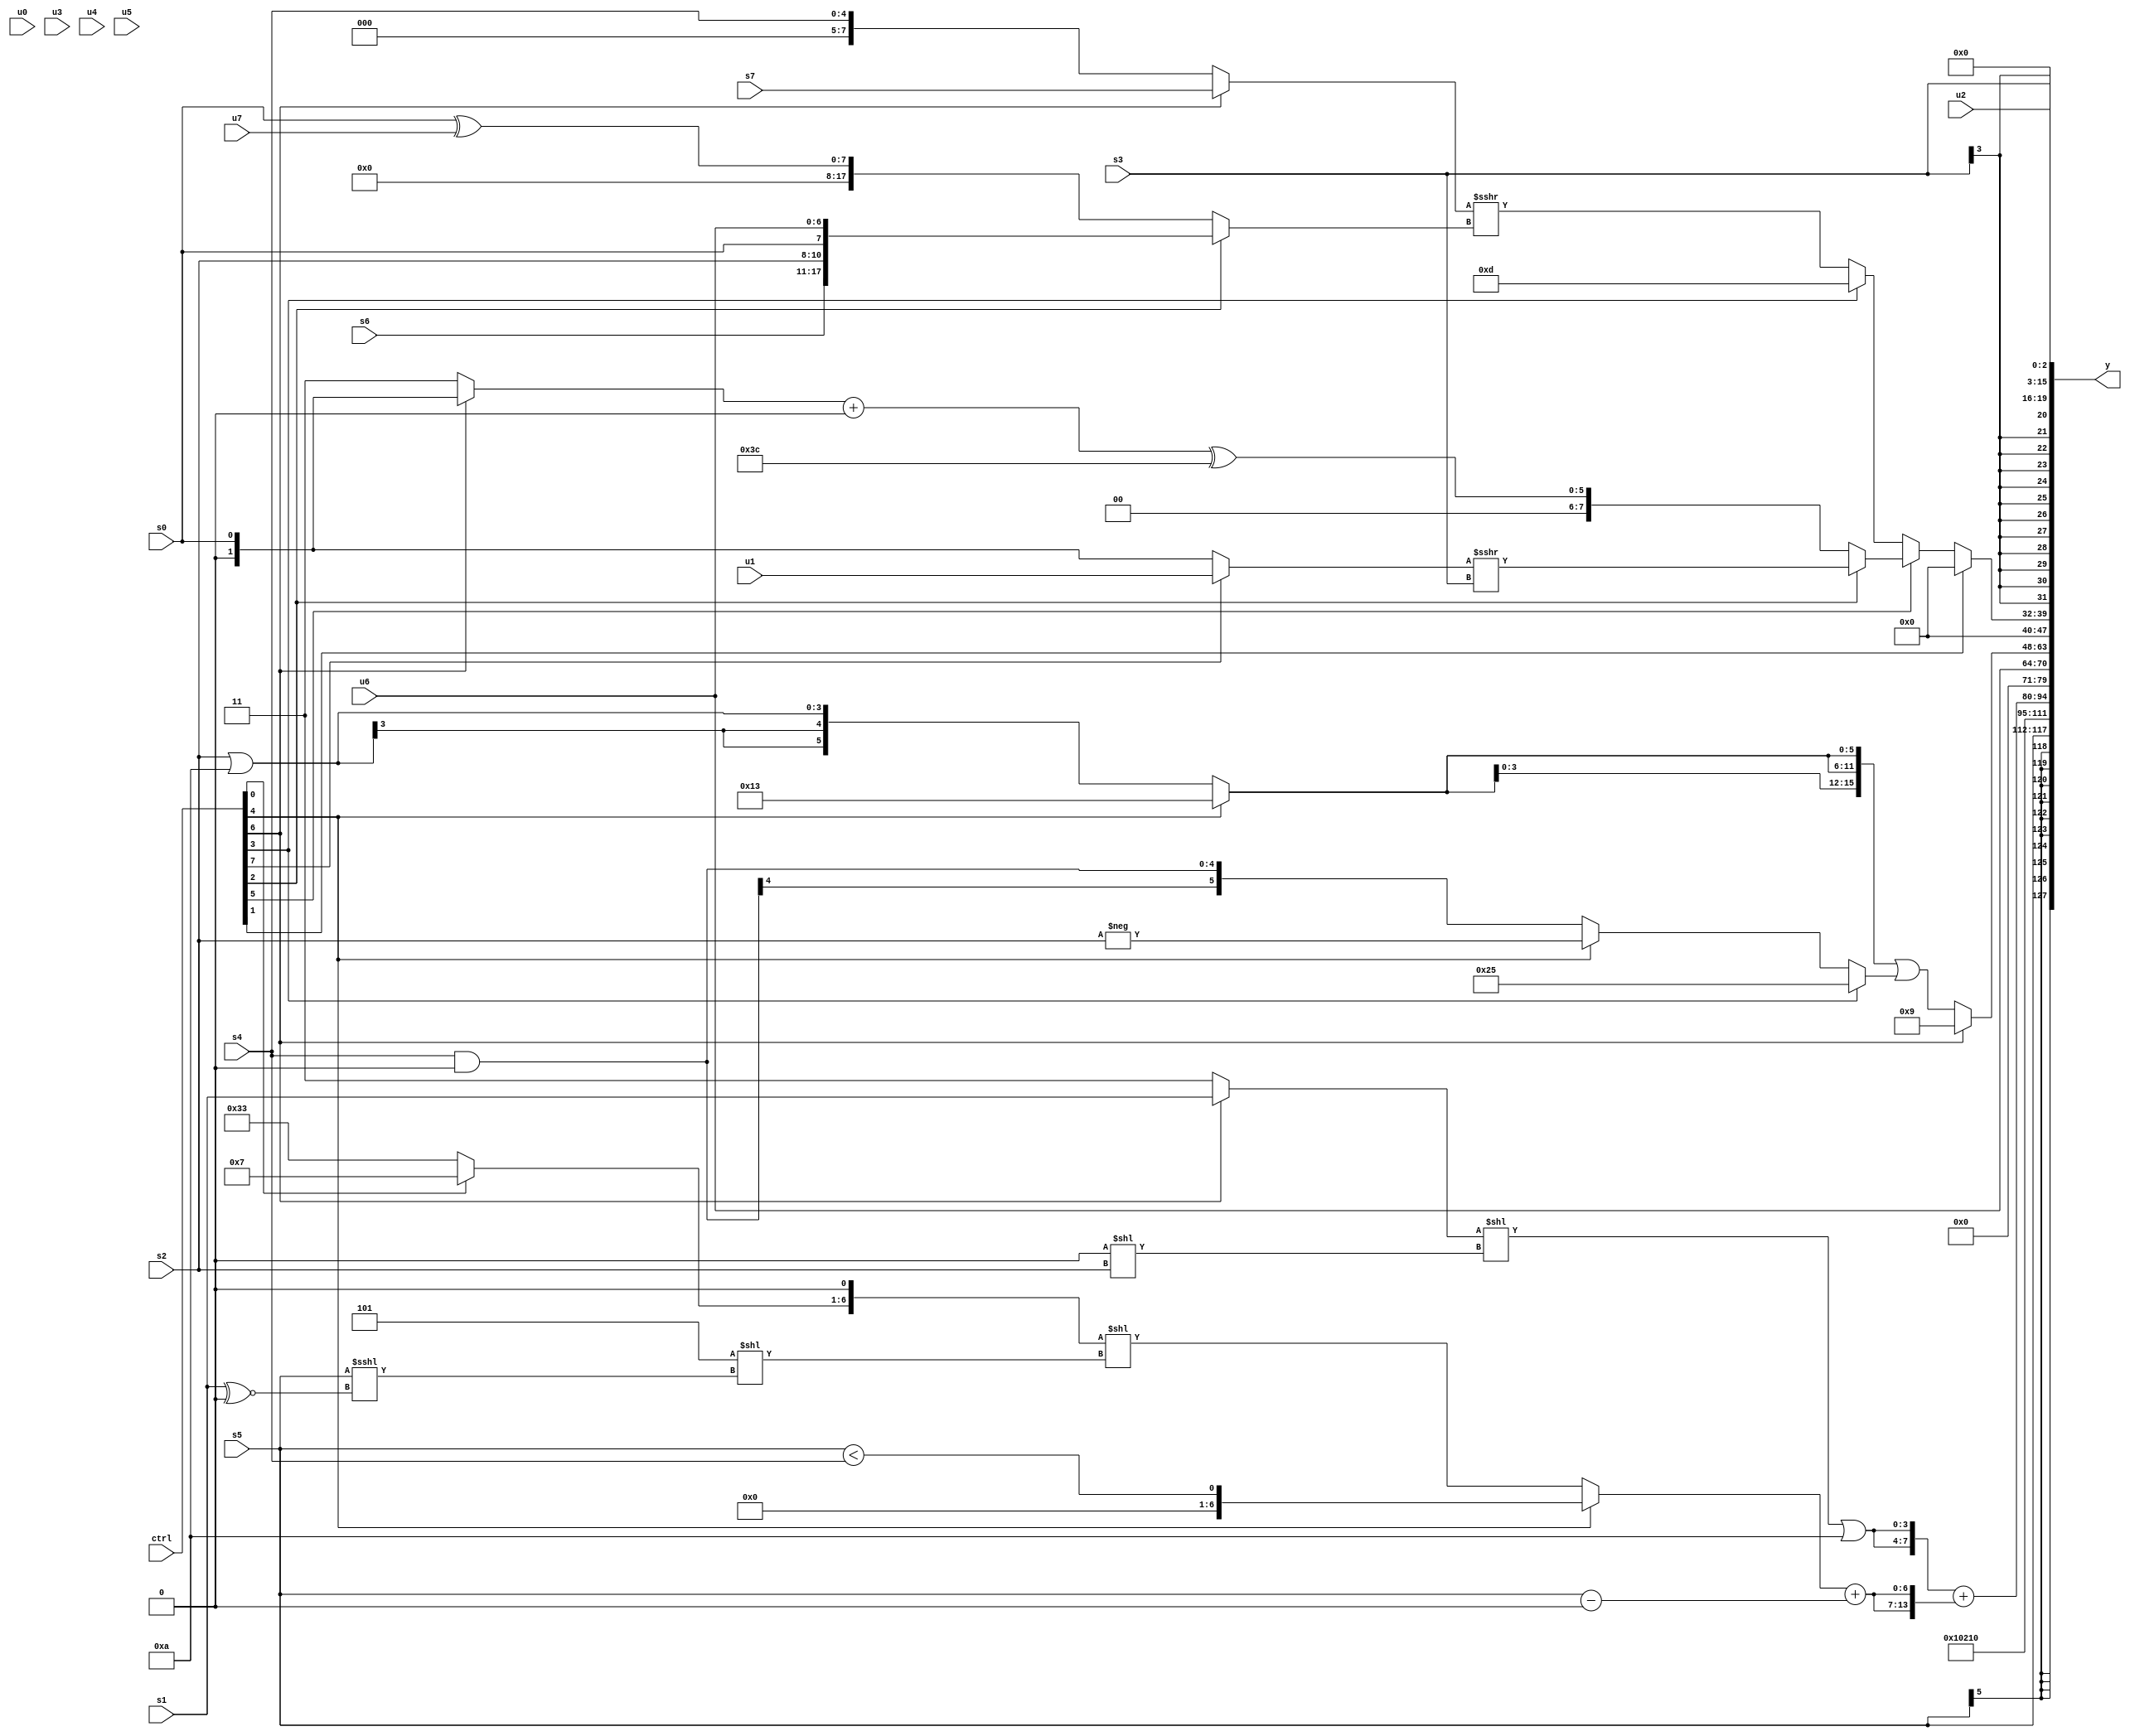
module wideexpr_00564(ctrl, u0, u1, u2, u3, u4, u5, u6, u7, s0, s1, s2, s3, s4, s5, s6, s7, y);
  input [7:0] ctrl;
  input [0:0] u0;
  input [1:0] u1;
  input [2:0] u2;
  input [3:0] u3;
  input [4:0] u4;
  input [5:0] u5;
  input [6:0] u6;
  input [7:0] u7;
  input signed [0:0] s0;
  input signed [1:0] s1;
  input signed [2:0] s2;
  input signed [3:0] s3;
  input signed [4:0] s4;
  input signed [5:0] s5;
  input signed [6:0] s6;
  input signed [7:0] s7;
  output [127:0] y;
  wire [15:0] y0;
  wire [15:0] y1;
  wire [15:0] y2;
  wire [15:0] y3;
  wire [15:0] y4;
  wire [15:0] y5;
  wire [15:0] y6;
  wire [15:0] y7;
  assign y = {y0,y1,y2,y3,y4,y5,y6,y7};
  assign y0 = s5;
  assign y1 = {$signed(1'sb0),1'sb1,{4{(-(+((5'b01110)>>(2'sb10))))>=((s4)-((s6)|((ctrl[4]?(s3)<<(s6):$signed(1'b1)))))}},{2{({3{4'sb1110}})^~(5'b11001)}}};
  assign y2 = ({2{(((ctrl[6]?s1:1'sb1))<<(({(-(3'sb000))>>>(3'sb011)})<<($signed(s2))))|(4'sb1010)}})+({2{((ctrl[4]?+((s5)<(s4)):($signed({(ctrl[0]?4'sb0111:6'sb110011),+(1'sb0)}))<<((+($unsigned(5'sb00101)))<<(($signed(s5))<<<((s1)^~(2'b00))))))+((s5)-(-(((+(2'sb11))<<($signed(4'sb1001)))&(3'sb101))))}});
  assign y3 = u6;
  assign y4 = $unsigned(+((ctrl[6]?5'sb01001:({$signed($signed(((3'sb101)<=(s7))==({1'sb1,s3}))),(((ctrl[2]?(3'sb011)<<<(s1):(ctrl[5]?5'sb11111:s1)))+((-(3'sb110))+((2'sb01)<<(s7))))>>>(s0),$signed(4'b0110),{4{+((ctrl[4]?6'sb010011:(s2)|(5'sb11010)))}}})|($signed((ctrl[3]?6'sb100101:(ctrl[4]?-((s2)<<(1'sb0)):($signed(s4))&(2'sb00))))))));
  assign y5 = (ctrl[1]?{1{$signed((4'b0000)>=(4'b0110))}}:$signed((ctrl[5]?(ctrl[2]?((ctrl[7]?$signed(u1):(s0)|(1'sb0)))>>>(s3):(((ctrl[6]?s0:5'sb00011))+(1'sb0))^(6'sb111100)):(ctrl[3]?(ctrl[3]?$signed(5'sb01101):(ctrl[6]?+(u1):$signed(u0))):(+((ctrl[6]?s7:s4)))>>>((ctrl[2]?{s6,s2,s0,u6}:(s0)^(u7)))))));
  assign y6 = s3;
  assign y7 = u2;
endmodule